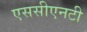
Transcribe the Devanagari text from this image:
एससीएनटी